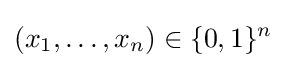
(x_{1},\dots ,x_{n})\in \{0,1\}^{n}